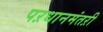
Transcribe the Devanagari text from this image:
पऱधानमंतऱी